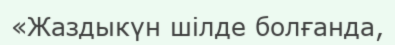
«Жаздыкүн шілде болғанда,